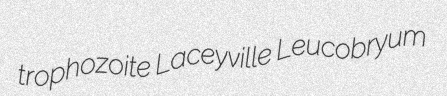
trophozoite Laceyville Leucobryum